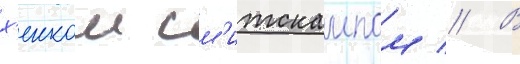
х'енком см'итскампом // В